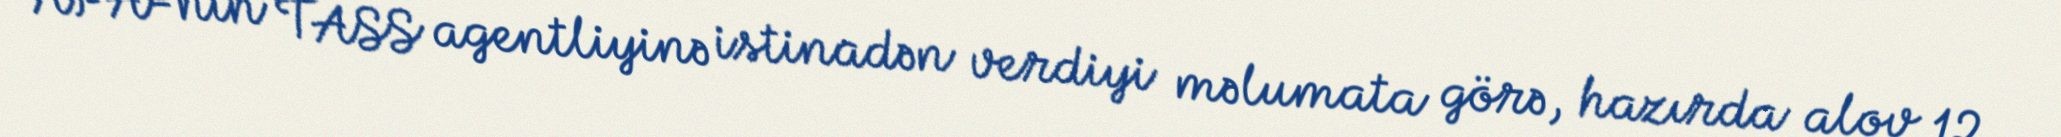
APA-nın TASS agentliyinə istinadən verdiyi məlumata görə, hazırda alov 12